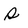
Character: s